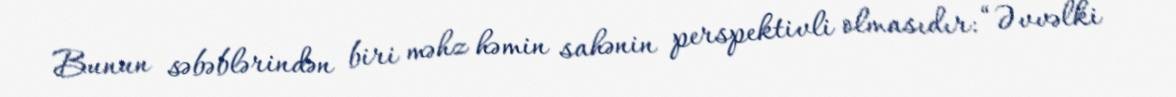
Bunun səbəblərindən biri məhz həmin sahənin perspektivli olmasıdır: “Əvvəlki